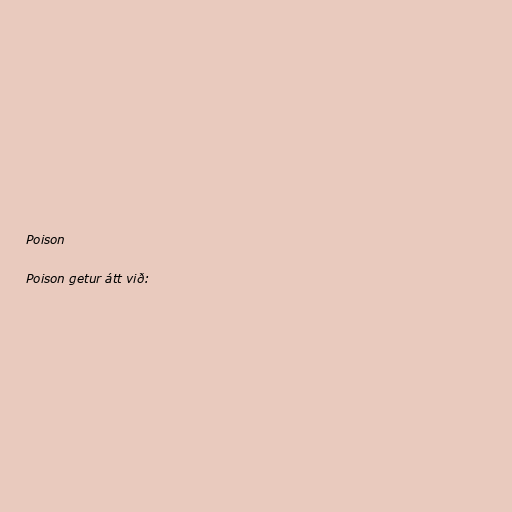
Poison

Poison getur átt við: